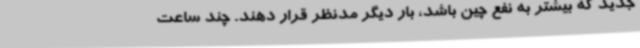
جدید که بیشتر به نفع چین باشد، بار دیگر مدنظر قرار دهند. چند ساعت